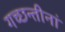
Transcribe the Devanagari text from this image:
गच्छन्तीनां